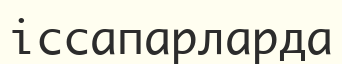
іссапарларда